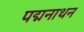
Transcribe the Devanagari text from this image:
पद्मनाथन